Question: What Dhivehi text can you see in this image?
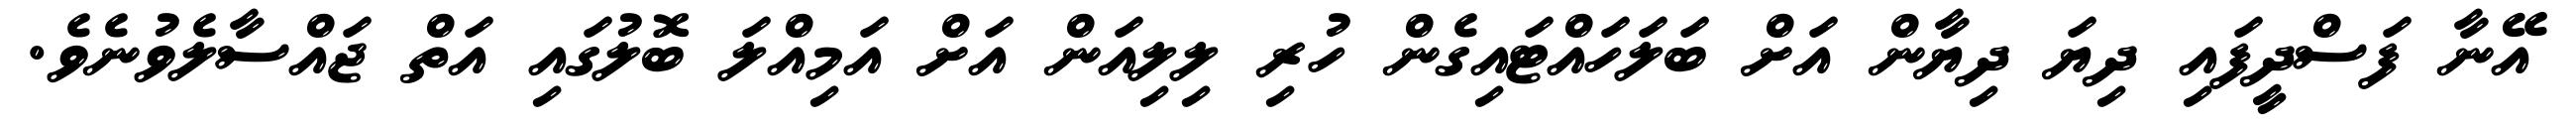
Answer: އޭނާ ފަސްދީފައި ދިޔަ ދިޔާން އަށް ބަލަހައްޓައިގެން ހުރި ލިލިއަން އަށް އަމިއްލަ ބޮލުގައި އަތް ޖައްސާލެވުނެވެ.